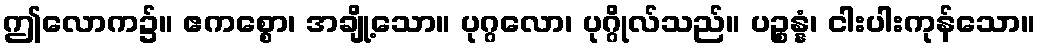
ဤလောက၌။ ဧကစ္စော၊ အချို့သော။ ပုဂ္ဂလော၊ ပုဂ္ဂိုလ်သည်။ ပဉ္စန္နံ၊ ငါးပါးကုန်သော။